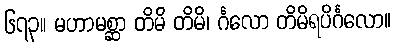
၆၇၃။ မဟာမစ္ဆာ တိမိ တိမိ၊ င်္ဂလော တိမိရပိင်္ဂလော။